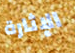
الإثارة